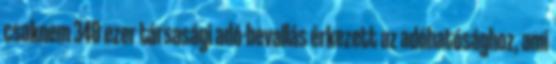
csaknem 340 ezer társasági adó-bevallás érkezett az adóhatósághoz, ami